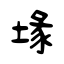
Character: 堟